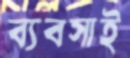
ব্যবসাই